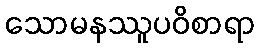
သောမနဿူပဝိစာရာ